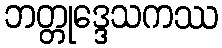
ဘတ္တုဒ္ဒေသကဿ